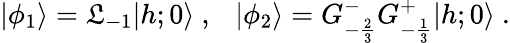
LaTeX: \vert\phi_{1}\rangle=\mathfrak{L}_{-1}\vert{h;0}\rangle{}~,{}~{}~{}~\vert\phi_{2}\rangle=G_{-{\frac{{2}}{{3}}}}^{-}G_{-{\frac{{1}}{{3}}}}^{+}\vert{h;0}\rangle{}~.